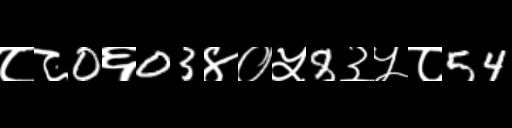
Text: ८८0६03४०५8३५८54